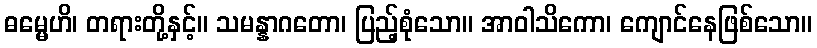
ဓမ္မေဟိ၊ တရားတို့နှင့်။ သမန္နာဂတော၊ ပြည့်စုံသော။ အာဝါသိကော၊ ကျောင်နေဖြစ်သော။